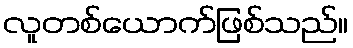
လူတစ်ယောက်ဖြစ်သည်။